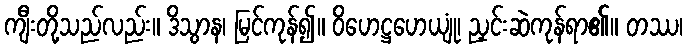
ကျီးတို့သည်လည်း။ ဒိသွာန၊ မြင်ကုန်၍။ ဝိဟေဋ္ဌဟေယျုံ၊ ညှင်းဆဲကုန်ရာ၏။ တဿ၊